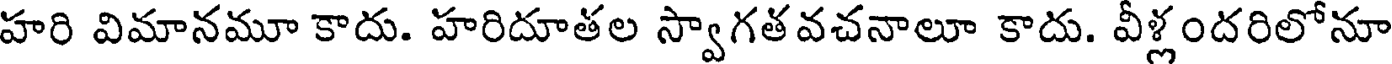
హరి విమానమూ కాదు. హరిదూతల స్వాగతవచనాలూ కాదు. వీళ్లందరిలోనూ